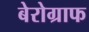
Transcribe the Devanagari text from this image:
बेरोग्राफ